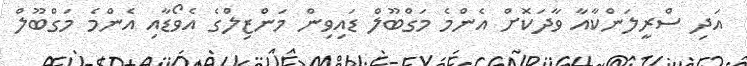
އަދި ސްރީލަންކާއާ ވާދަކޮށް އެންމެ މަގްބޫލް ޑައިވިން މަންޒިލްގެ އެވޯޑާއި އެންމެ މަގްބޫލް